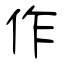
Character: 作